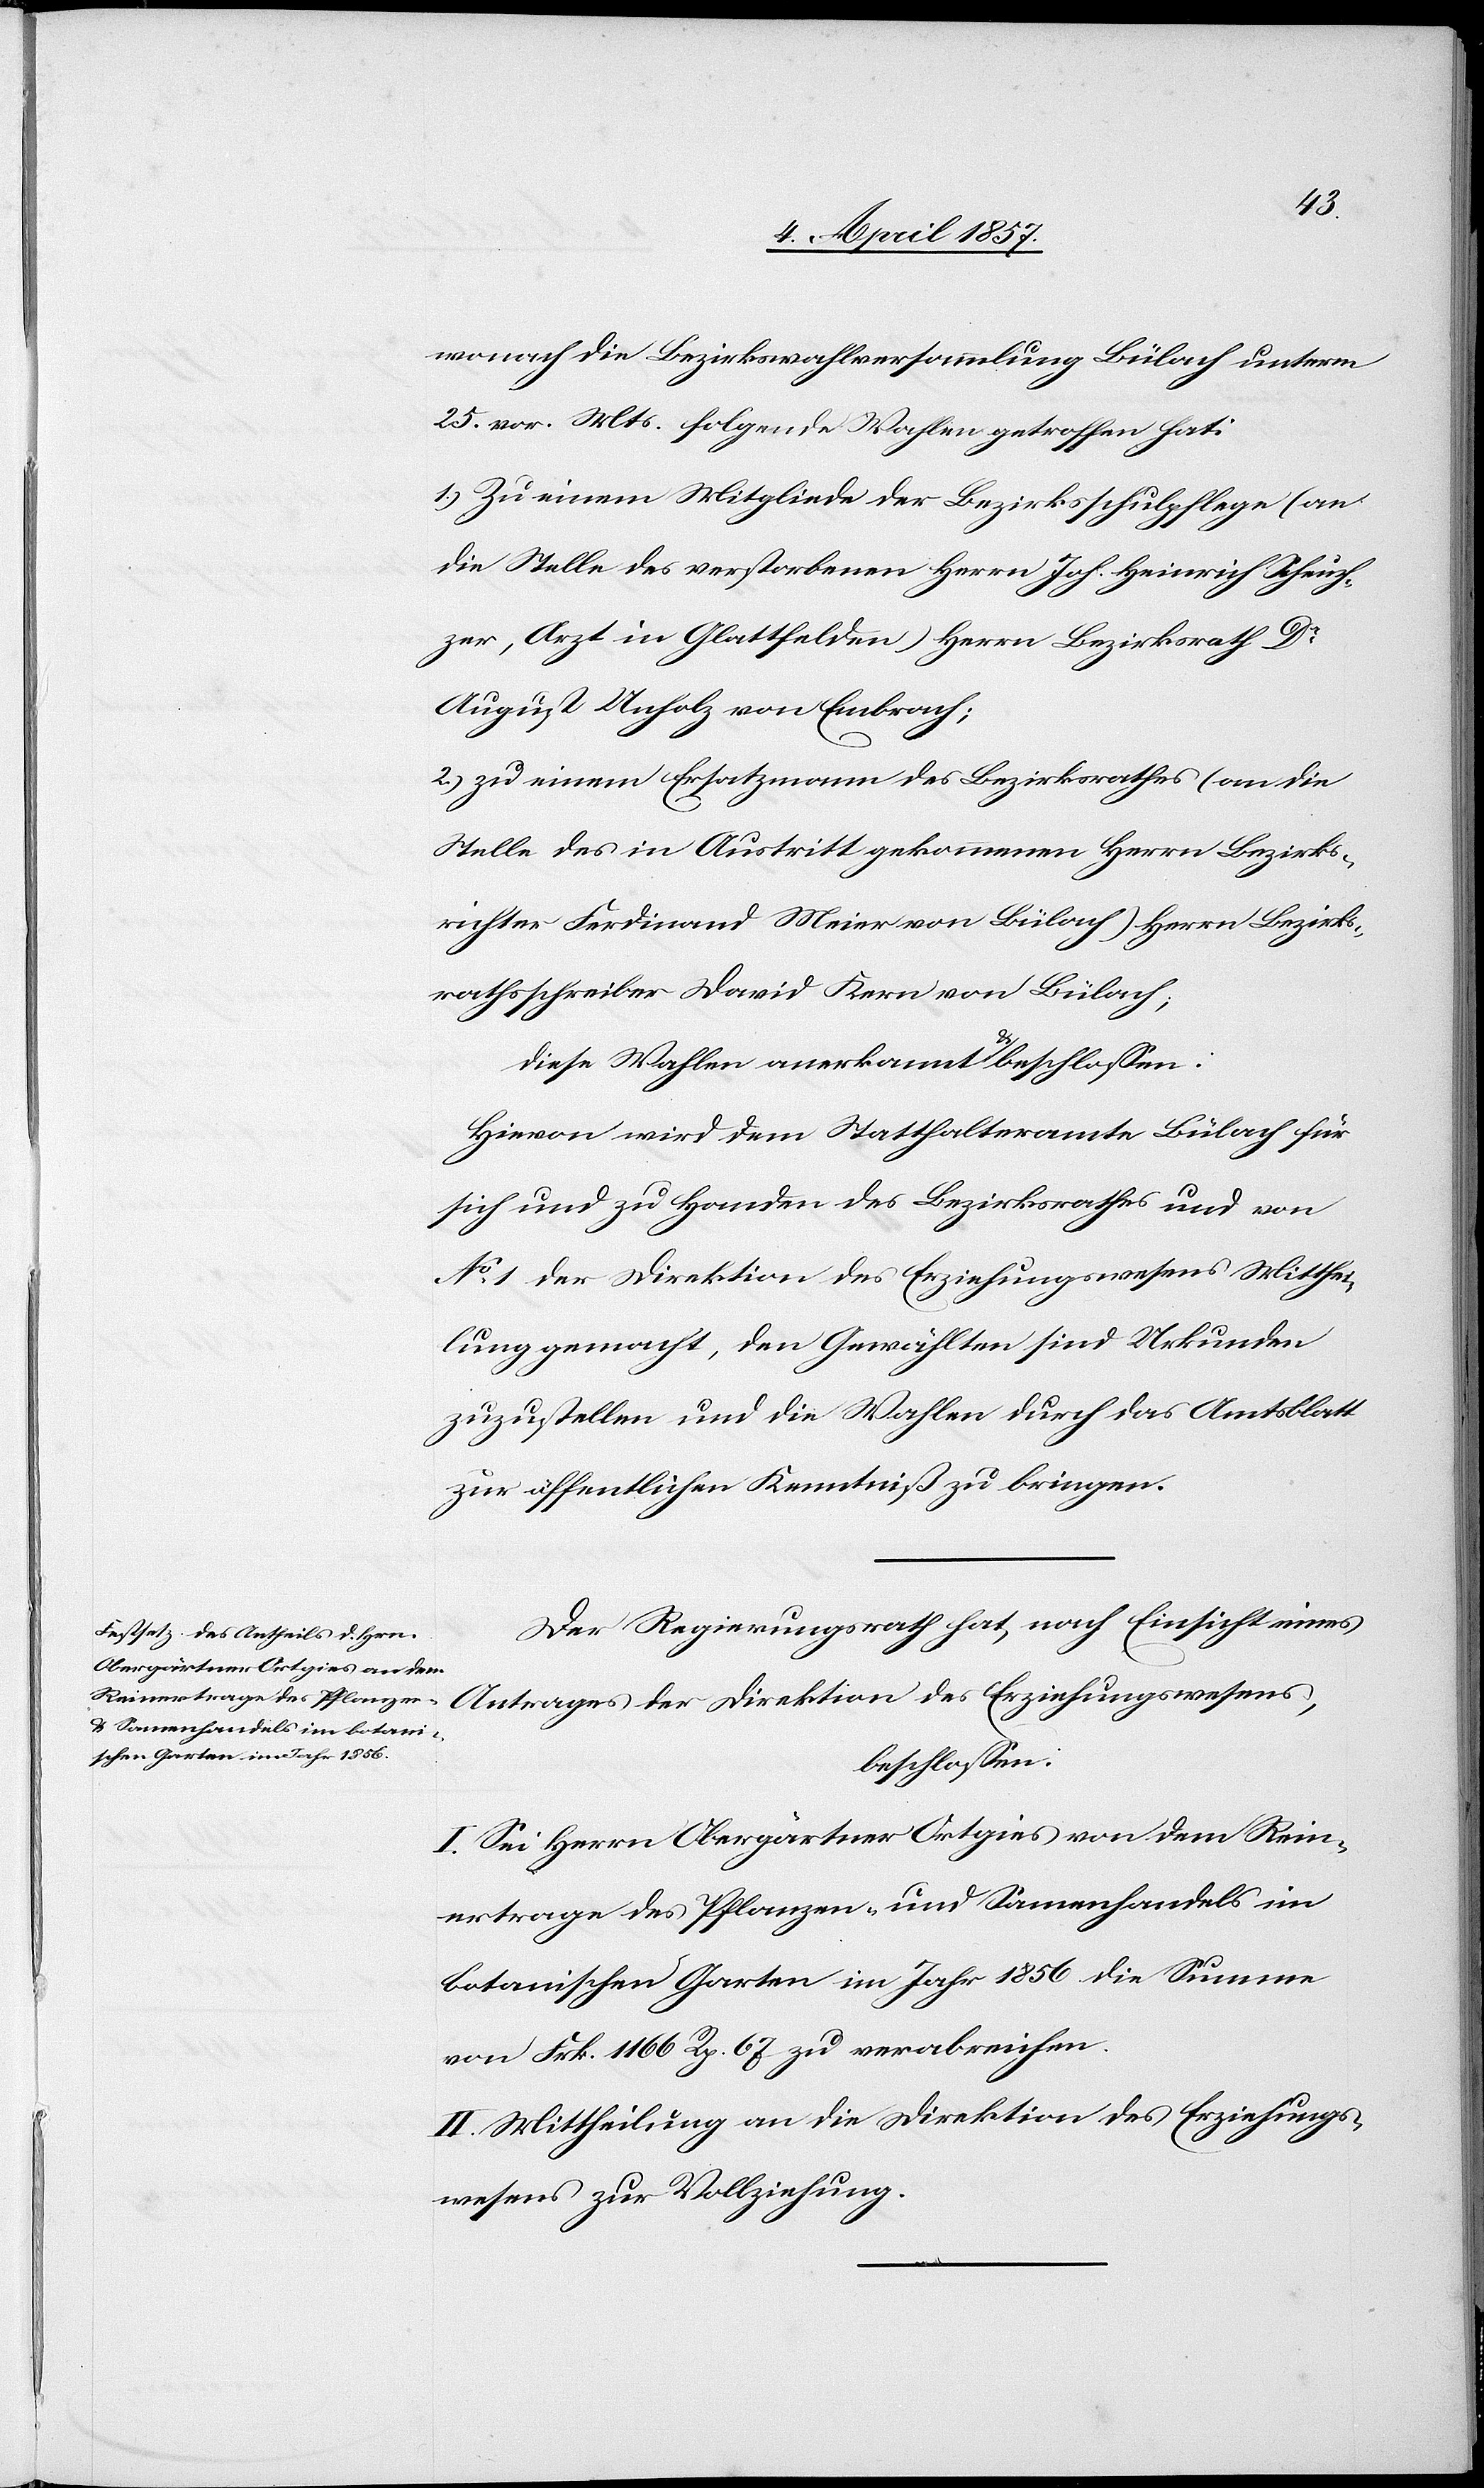
wonach die Bezirkswahlversammlung Bülach unterm
25. vor. Mts. folgende Wahlen getroffen hat:
1.) Zu einem Mitgliede der Bezirksschulpflege (an
die Stelle des verstorbenen Herrn Joh. Heinrich Scheuch¬
zer, Arzt in Glattfelden) Herrn Bezirksrath Dr
August Unholz von Embrach;
2.) zu einem Ersatzmann des Bezirksrathes (an die
Stelle des in Austritt gekommenen Herrn Bezirks¬
richter Ferdinand Meier von Bülach) Herrn Bezirks¬
rathsschreiber David Kern von Bülach;
diese Wahlen anerkannt & beschlossen:
Hievon wird dem Statthalteramte Bülach für
sich und zu Handen des Bezirksrathes und von
No 1 der Direktion des Erziehungswesens Mitthei¬
lung gemacht, den Gewählten sind Urkunden
zuzustellen und die Wahlen durch das Amtsblatt
zur öffentlichen Kenntniß zu bringen.
Der Regierungsrath hat, nach Einsicht eines
Antrages der Direktion des Erziehungswesens,
beschlossen:
I. Sei Herrn Obergärtner Ortgies von dem Rein¬
ertrage des Pflanzen- und Samenhandels im
botanischen Garten im Jahr 1856 die Summe
von Frk. 1166 Rp. 67 zu verabreichen.
II. Mittheilung an die Direktion des Erziehungs¬
wesens zur Vollziehung.